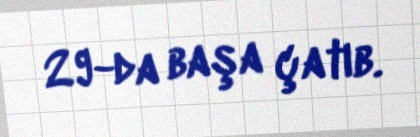
29-da başa çatıb.